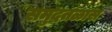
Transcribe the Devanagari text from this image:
समुद्रतळास